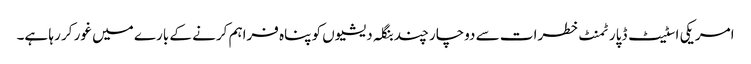
امریکی اسٹیٹ ڈپارٹمنٹ خطرات سے دوچار چند بنگلہ دیشیوں کو پناہ فراہم کرنے کے بارے میں غور کر رہا ہے۔